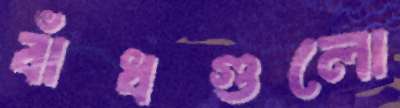
বাঁধগুলো